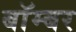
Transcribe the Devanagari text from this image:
बाॅम्बर